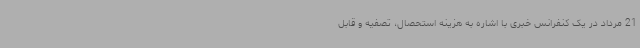
21 مرداد در یک کنفرانس خبری با اشاره به هزینه استحصال، تصفیه و قابل